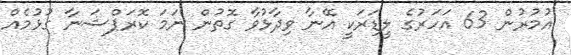
އުމުުރުން 63 އަހަރުގެ ލީޑަރަކީ އޭނާ ވިދާޅުވާ ގޮތުން ނަމަ ކޮރަޕްޝަނާ ގުޅުމެއް